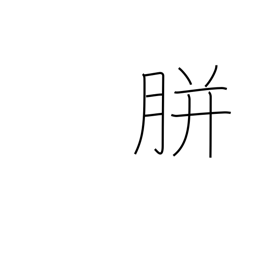
Meaning: corn